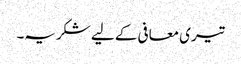
تیری معافی کے لیے شکریہ۔